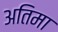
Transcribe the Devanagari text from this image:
अतिमा